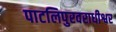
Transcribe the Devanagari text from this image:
पाटलिपुरवराधीश्वर